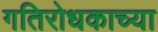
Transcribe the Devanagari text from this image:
गतिरोधकाच्या